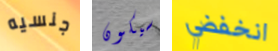
جنسيه سيكون انخفضي